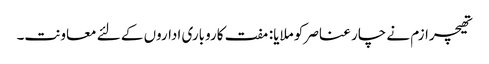
تھیچرازم نے چار عناصر کو ملایا: مفت کاروباری اداروں کے لئے معاونت۔